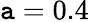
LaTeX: \mathtt{a}=0.4